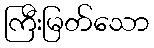
ကြီးမြတ်သော